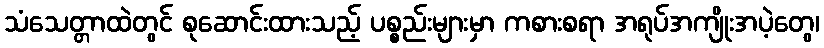
သံသေတ္တာထဲတွင် စုဆောင်းထားသည့် ပစ္စည်းများမှာ ကစားစရာ အရုပ်အကျိုးအပဲ့တွေ၊